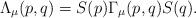
LaTeX: \begin{align*}\Lambda_\mu(p,q) = S(p)\Gamma_\mu(p,q)S(q).\end{align*}